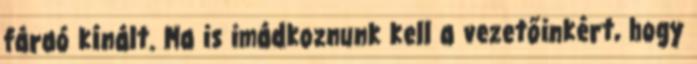
fáraó kínált. Ma is imádkoznunk kell a vezetőinkért, hogy